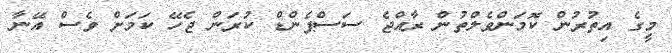
މީގެ އިތުރުން ކޮމަންވެލްތުން ރާއްޖެ ސަސްޕެންޑް ކުރަން ޖެހޭ ކަމަށް ވެސް އޭނާ